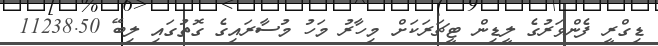
ޑިގްރީ ފެންވަރުގެ ލީޑިން ޓީޗަރަކަށް މިހާރު މަހު މުސާރައިގެ ގޮތުގައި ލިބޭ 11238.50